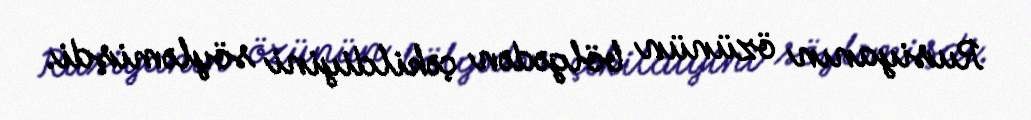
Rusiyanın özünün bölgədən çəkildiyini söyləmişdi.